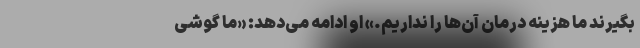
بگیرند ما هزینه درمان آن‌ها را نداریم.» او ادامه می‌دهد: «ما گوشی